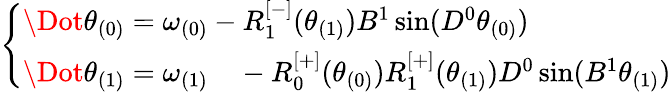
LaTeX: \begin{array}{r}{\left\{ \begin{array}{ll}{\Dot{\theta}_{(0)}=\omega_{(0)}-R_{1}^{[-]}(\theta_{(1)})B^{1}\sin(D^{0}\theta_{(0)})}\\ {\begin{array}{rl}{\Dot{\theta}_{(1)}=\omega_{(1)}}&{{}-R_{0}^{[+]}(\theta_{(0)})R_{1}^{[+]}(\theta_{(1)})D^{0}\sin(B^{1}\theta_{(1)})}\end{array}}\end{array}\right.}\end{array}